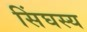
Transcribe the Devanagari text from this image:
सिंघस्य